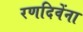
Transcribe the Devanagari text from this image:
रणदिवेंना